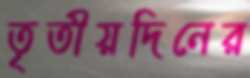
তৃতীয়দিনের